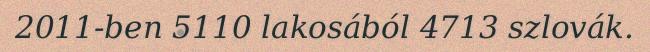
2011-ben 5110 lakosából 4713 szlovák.